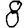
Digit: 8